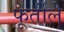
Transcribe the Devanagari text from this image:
फूर्तीले